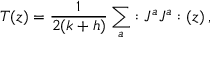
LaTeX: T ( z ) = \frac { 1 } { 2 ( k + h ) } \sum _ { a } : J ^ { a } J ^ { a } : ( z ) \, ,